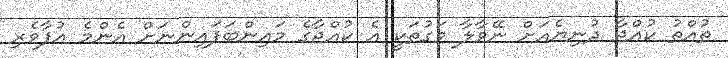
ތުއްތު ކުއްޖާ ދުނިޔެއަށް ނޭވާލާ ވަގުތަކީ އެ ކުއްޖާގެ މައިންބަފައިންނަށް އެންމެ އުފާވެރި